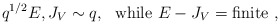
\begin{align*}q^{1/2}E,J_V\sim q,~~{\rm while}~ E-J_V={\rm finite} \ ,\end{align*}